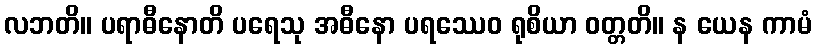
လဘတိ။ ပရာဓီနောတိ ပရေသု အဓီနော ပရဿေဝ ရုစိယာ ဝတ္တတိ။ န ယေန ကာမံ